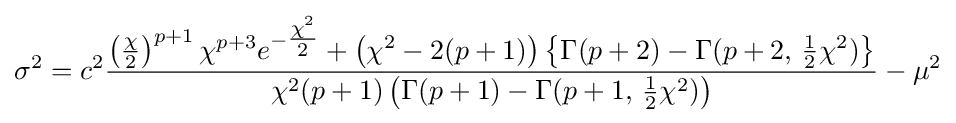
\sigma ^{2}=c^{2}{\frac {\left({\frac {\chi }{2}}\right)^{p+1}\chi ^{p+3}e^{-{\tfrac {\chi ^{2}}{2}}}+\left(\chi ^{2}-2(p+1)\right)\left\{\Gamma (p+2)-\Gamma (p+2,\,{\tfrac {1}{2}}\chi ^{2})\right\}}{\chi ^{2}(p+1)\left(\Gamma (p+1)-\Gamma (p+1,\,{\tfrac {1}{2}}\chi ^{2})\right)}}-\mu ^{2}